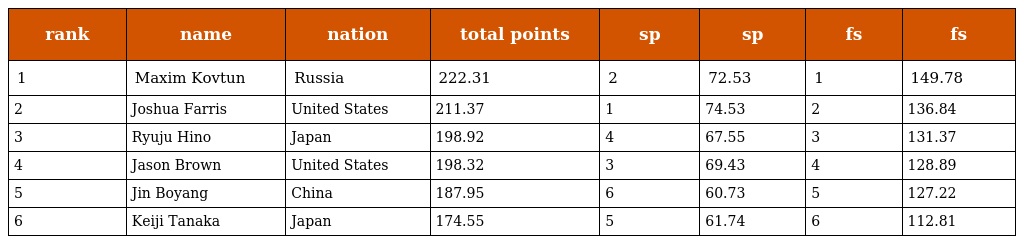
| rank | name | nation | total points | sp | sp | fs | fs |
 | --- | --- | --- | --- | --- | --- | --- | --- |
 | 1 | Maxim Kovtun | Russia | 222.31 | 2 | 72.53 | 1 | 149.78 |
 | 2 | Joshua Farris | United States | 211.37 | 1 | 74.53 | 2 | 136.84 |
 | 3 | Ryuju Hino | Japan | 198.92 | 4 | 67.55 | 3 | 131.37 |
 | 4 | Jason Brown | United States | 198.32 | 3 | 69.43 | 4 | 128.89 |
 | 5 | Jin Boyang | China | 187.95 | 6 | 60.73 | 5 | 127.22 |
 | 6 | Keiji Tanaka | Japan | 174.55 | 5 | 61.74 | 6 | 112.81 |